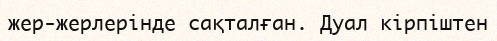
жер-жерлерінде сақталған. Дуал кірпіштен